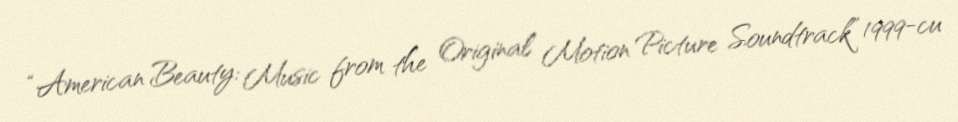
“American Beauty: Music from the Original Motion Picture Soundtrack” 1999-cu